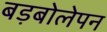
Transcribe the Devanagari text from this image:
बड़बोलेपन